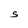
Character: S